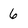
Character: 6